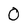
Character: O